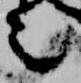
言